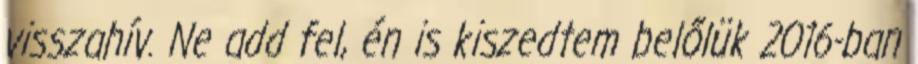
visszahív. Ne add fel, én is kiszedtem belőlük 2016-ban